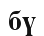
бү